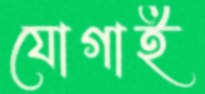
যোগাই